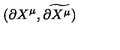
( \partial X ^ { \mu } , \widetilde { \partial X ^ { \mu } ) }